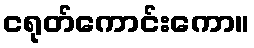
ငရုတ်ကောင်းကော။